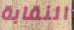
النقابة